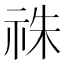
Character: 祩